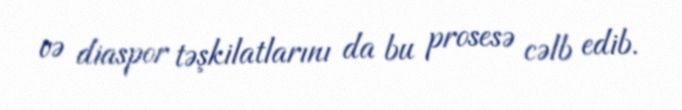
və diaspor təşkilatlarını da bu prosesə cəlb edib.